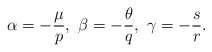
\begin{align*}\alpha=-\frac{\mu}{p},~\beta=-\frac{\theta}{q},~\gamma=-\frac{s}{r}.\end{align*}